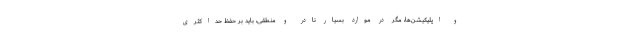
و اپلیکیشن‌ها، مگر در موارد بسیار نادر و منطقی، باید بر حفظ حداکثری